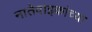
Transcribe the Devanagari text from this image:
नातेवाइकांच्या